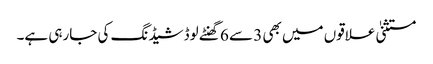
مستثنیٰ علاقوں میں بھی 3 سے 6 گھنٹے لوڈشیڈنگ کی جارہی ہے۔